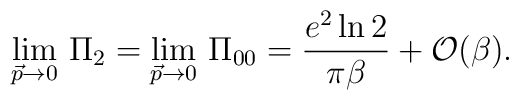
\lim_{\vec{p}\rightarrow 0}\,\Pi_{2} = \lim_{\vec{p}\rightarrow0}\,\Pi_{00} = {e^{2}\ln 2\over \pi\beta} + {\cal O} (\beta).